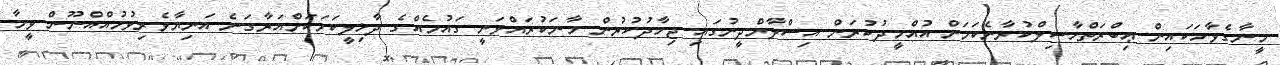
މީނާގެވާހަކައިން ޢިބްރަތްހާސިލްކުރާނެކަމަށް އުއްމީދުކުރަން އިސްލާމްދީނުގައި ޖިހާދުކުރުން މާނަކުރައްވަނީ ގައުމެއްގެ ދާޚިލީކަމަކަށްއަރާގަނެ އަނިޔާވެރިވުމުއްއްނޫން ވީމާ